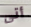
أتى